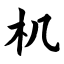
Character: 机